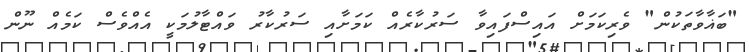
"ބަޣާވާތަކުން" ވެރިކަމަށް އައިސްފައިވާ ސަރުކާރެއް ކަމަށާއި ސަރުކާރު ވައްޓާލުމަކީ އެއްވެސް ކަމެއް ނޫން